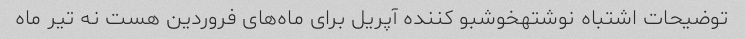
توضیحات اشتباه نوشتهخوشبو کننده آپریل برای ماه‌های فروردین هست نه تیر ماه